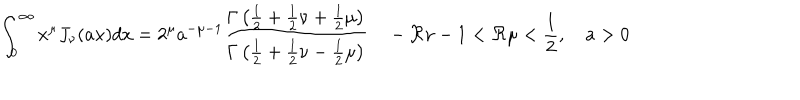
\int _ { 0 } ^ { \infty } x ^ { \mu } J _ { \nu } ( a x ) d x = 2 ^ { \mu } a ^ { - \mu - 1 } \frac { \Gamma \left( \frac { 1 } { 2 } + \frac { 1 } { 2 } \nu + \frac { 1 } { 2 } \mu \right) } { \Gamma \left( \frac { 1 } { 2 } + \frac { 1 } { 2 } \nu - \frac { 1 } { 2 } \mu \right) } \quad - \Re \nu - 1 < \Re \mu < \frac { 1 } { 2 } , \quad a > 0